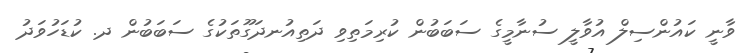
ވާނީ ކައުންސިލް އުވާލީ ސުނާމީގެ ސަބަބުން ކުރިމަތިވި ދަތިއުނދަގޫތަކުގެ ސަބަބުން ދ. ކުޑަހުވަދު